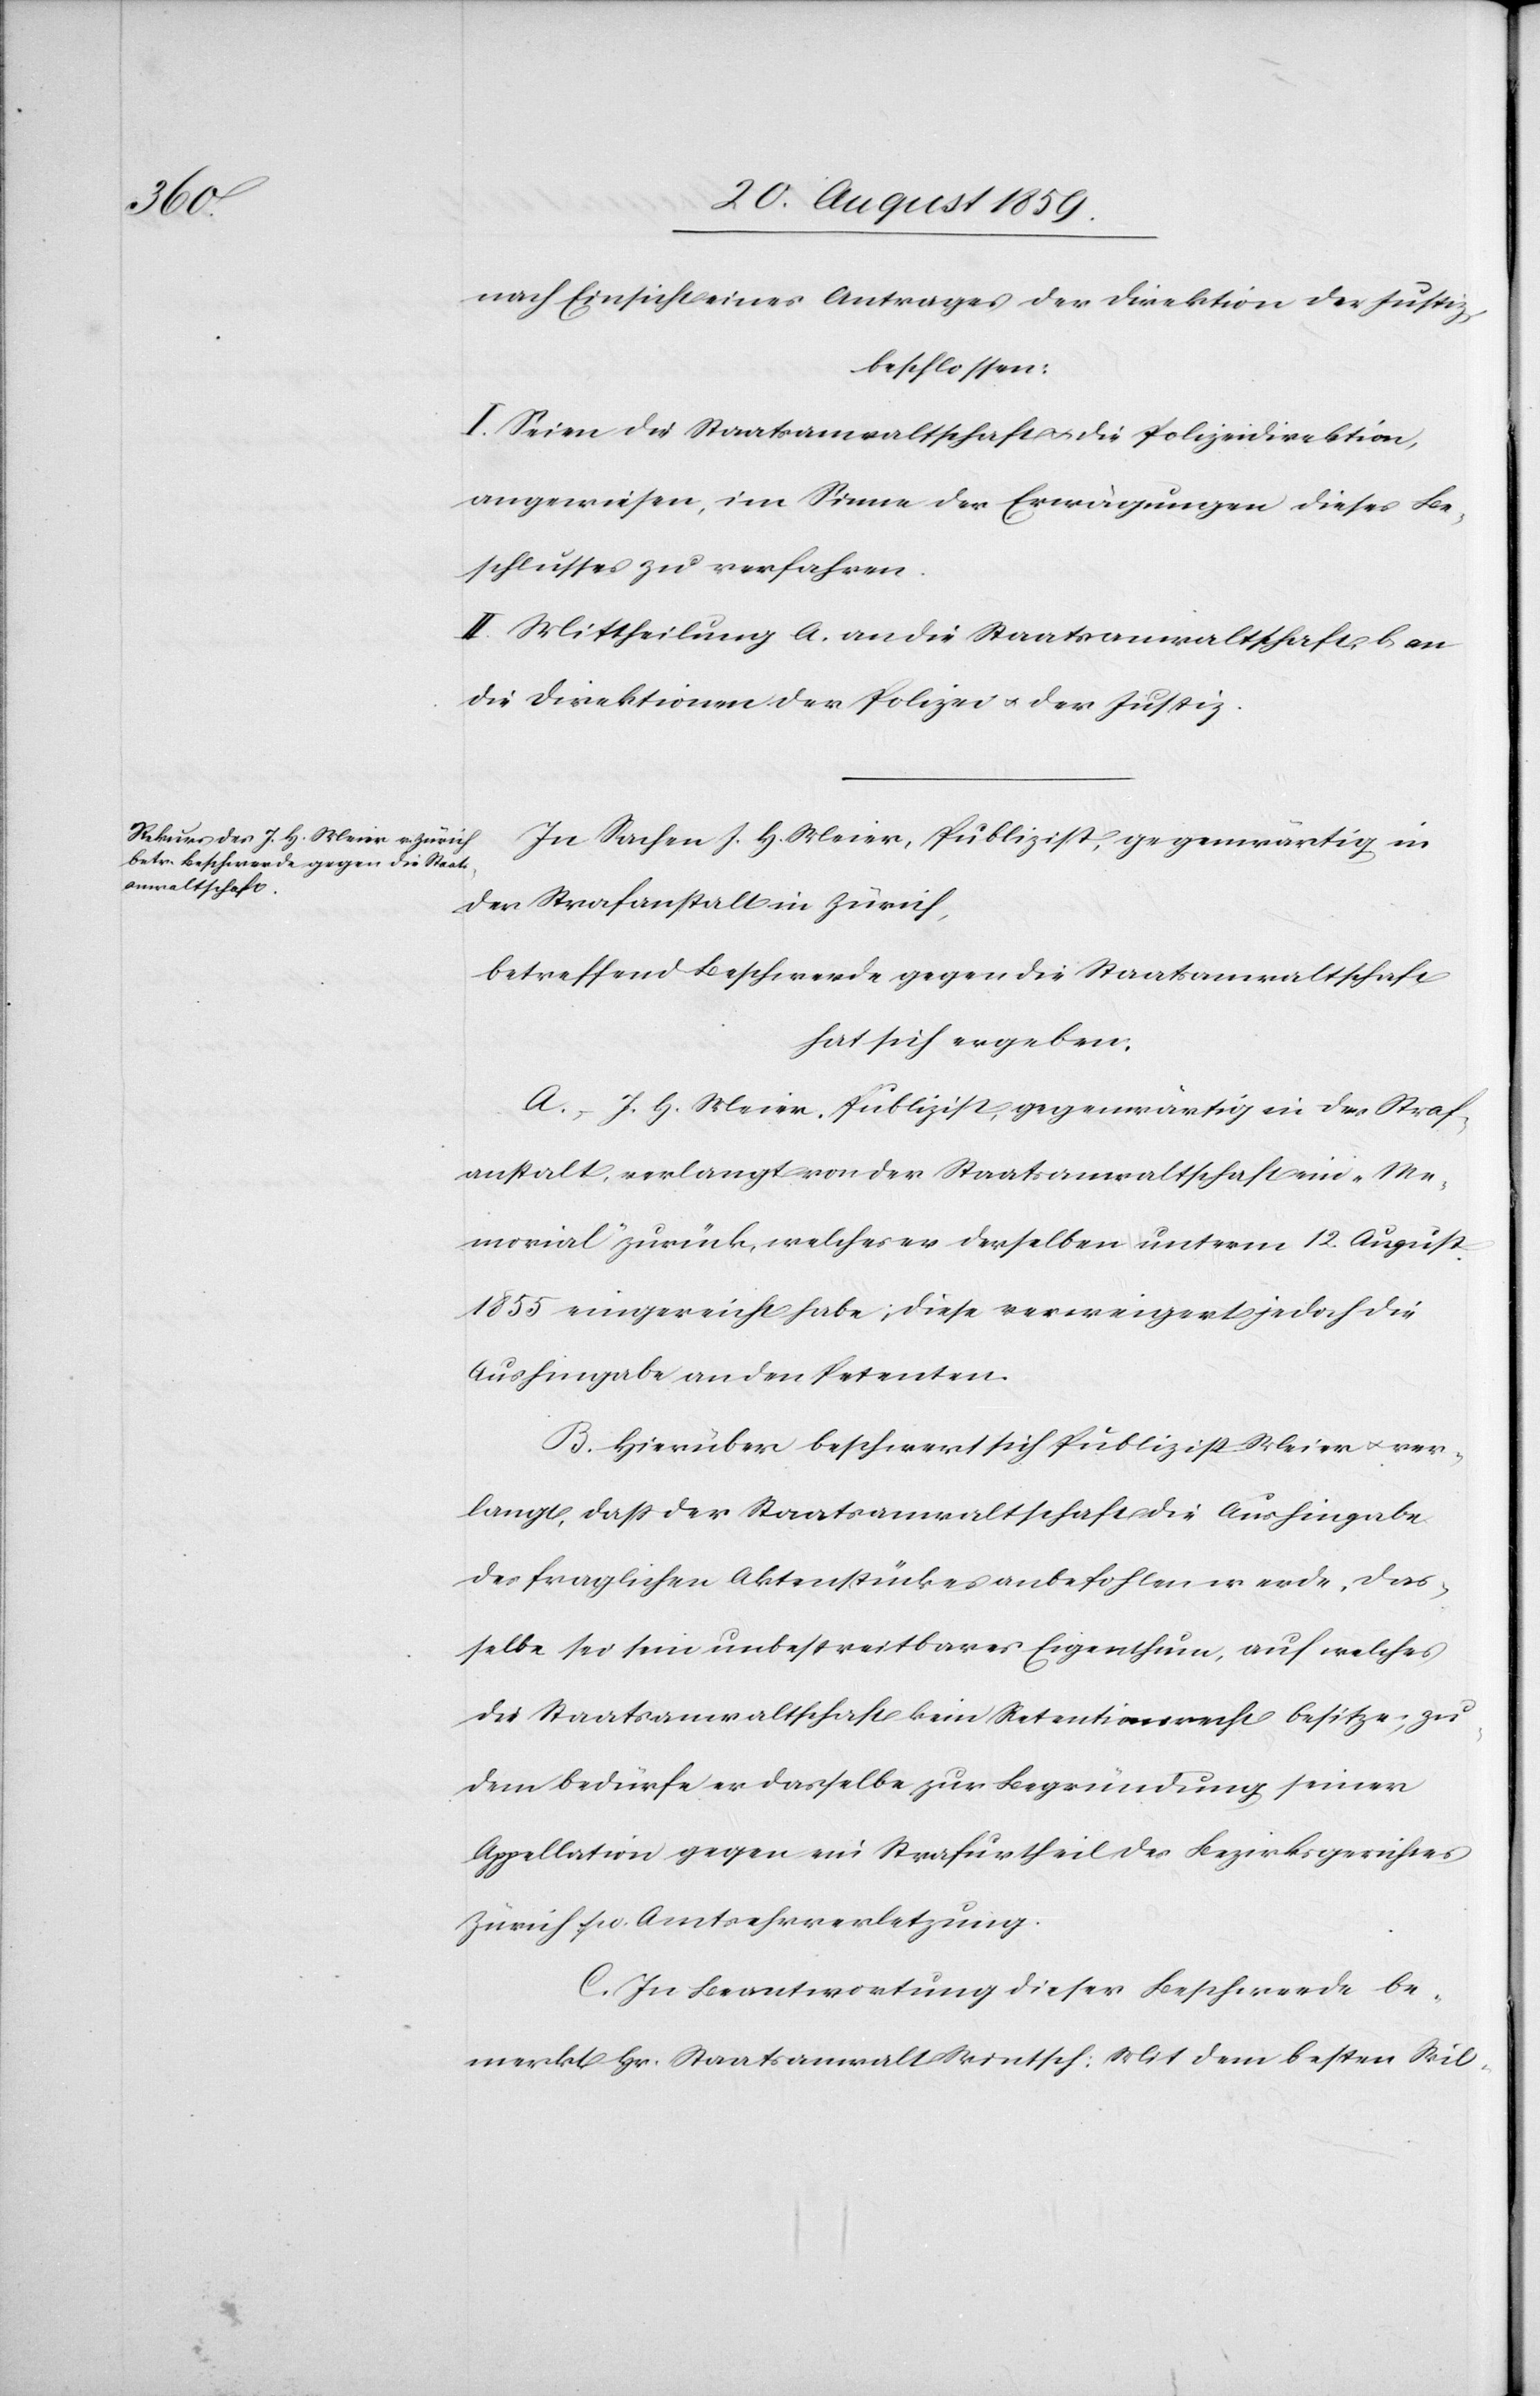
nach Einsicht eines Antrages der Direktion der Justiz,
beschlossen:
I. Seien die Staatsanwaltschaft & die Polizeidirektion,
angewiesen, im Sinne der Erwägungen dieses Be¬
schlusses zu verfahren.
II. Mittheilung a) an die Staatsanwaltschaft b) an
die Direktion der Polizei & der Justiz.
In Sachen J. H. Meier, Publizist, gegenwärtig in
der Strafanstalt in Zürich,
betreffend Beschwerde gegen die Staatsanwaltschaft
hat sich ergeben:
A. J. H. Meier, Publizist, gegenwärtig in der Straf¬
anstalt, verlangt von der Staatsanwaltschaft ein „Me¬
morial“ zurück, welches er derselben unterm 12. August
1855 eingereicht habe; diese verweigert jedoch die
Aushingabe an den Petenten.
B. Hierüber beschwert sich Publizist Meier & ver¬
langt, daß der Staatsanwaltschaft die Aushingabe
des fraglichen Aktenstückes anbefohlen werde, das¬
selbe sei sein unbestreitbares Eigenthum, auf welches
die Staatsanwaltschaft kein Retentionsrecht besitze; zu¬
dem bedürfe er dasselbe zur Begründung seiner
Appellation gegen ein Strafurtheil des Bezirksgerichtes
Zürich [w?]. Amtsehrverletzung.
C. In Beantwortung dieser Beschwerde be¬
merkt Hr. Staatsanwalt Wintsch: Mit dem besten Wil-